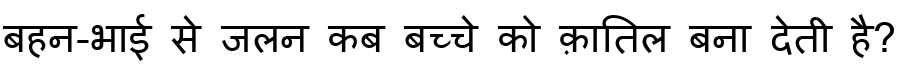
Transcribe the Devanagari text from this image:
बहन-भाई से जलन कब बच्चे को क़ातिल बना देती है?